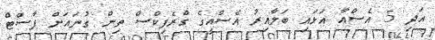
އަދި 5 އެސްއާ އަޅައި ބަލާއިރު އެސްއީގެ ގްރެފިކްސް ތިން ގުނައަށް ފާސްޓް